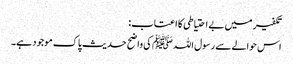
تکفیر میں بے احتیاطی کا اعتاب:
اس حوالے سے رسول اللہﷺ کی واضح حدیث پاک موجود ہے۔